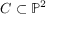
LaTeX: C \subset \mathbb { P } ^ { 2 }